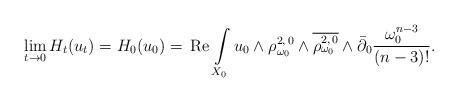
LaTeX: \begin{align*}\lim_{t \to 0} H_t(u_t)= H_0(u_0)=\,\mbox{Re}\,\int\limits_{X_0} u_0 \wedge\rho_{\omega_0} ^{2,\,0}\wedge\overline{\rho_{\omega_0} ^{2,\,0}}\wedge\bar\partial_0 \frac{\omega_0 ^{n-3}}{(n-3)!}.\end{align*}